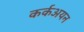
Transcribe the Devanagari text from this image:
कर्कअयन